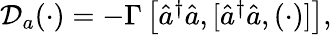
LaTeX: \begin{array}{r}{\mathcal{D}_{a}(\cdot)=-\Gamma\left[\hat{a}^{\dagger}\hat{a},[\hat{a}^{\dagger}\hat{a},(\cdot)]\right],}\end{array}